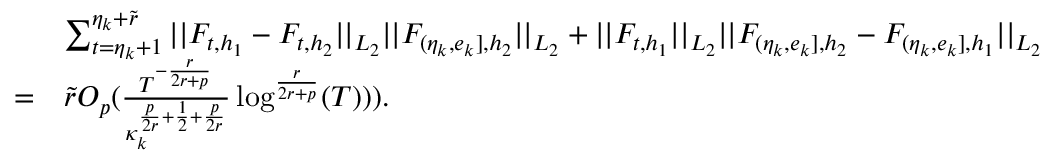
\begin{array} { r l } & { \sum _ { t = \eta _ { k } + 1 } ^ { \eta _ { k } + \widetilde { r } } \vert \vert F _ { t , h _ { 1 } } - F _ { t , h _ { 2 } } \vert \vert _ { L _ { 2 } } \vert \vert F _ { ( \eta _ { k } , e _ { k } ] , { h _ { 2 } } } \vert \vert _ { L _ { 2 } } + \vert \vert F _ { t , h _ { 1 } } \vert \vert _ { L _ { 2 } } \vert \vert F _ { ( \eta _ { k } , e _ { k } ] , { h _ { 2 } } } - F _ { ( \eta _ { k } , e _ { k } ] , { h _ { 1 } } } \vert \vert _ { L _ { 2 } } } \\ { = } & { \widetilde { r } O _ { p } ( \frac { T ^ { - \frac { r } { 2 r + p } } } { \kappa _ { k } ^ { \frac { p } { 2 r } + \frac { 1 } { 2 } + \frac { p } { 2 r } } } \log ^ { \frac { r } { 2 r + p } } ( T ) ) ) . } \end{array}